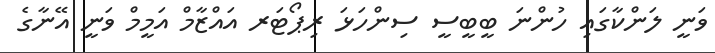
ވަނީ ލަންކާގައި ހުންނަ ބީބީސީ ސިންހަޅަ ރިޕޯޓަރ އައްޒާމް އަމީމް ވަނީ އޭނާގެ